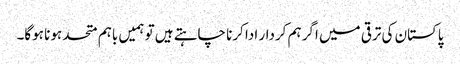
پاکستان کی ترقی میں اگر ہم کردار ادا کرنا چاہتے ہیں تو ہمیں باہم متحد ہونا ہوگا۔